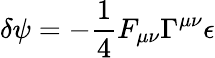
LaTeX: \delta\psi=-\frac{1}{4}F_{\mu\nu}\Gamma^{\mu\nu}\epsilon